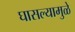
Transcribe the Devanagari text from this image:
घासल्यामुळे